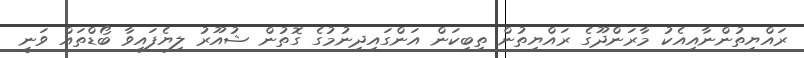
ރައްޔިތުންނާއިއެކު މާރަންދޫގެ ރައްޔިތުން ތިބިކަން އަންގައިދިނުމުގެ ގޮތުން ޝުއޫރު ލިޔެފައިވާ ބޯޑްތައް ވަނީ